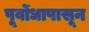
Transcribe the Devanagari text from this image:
पूर्वोधापासून